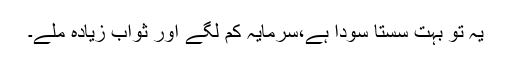
یہ تو بہت سستا سودا ہے،سرمایہ کم لگے اور ثواب زیادہ ملے۔